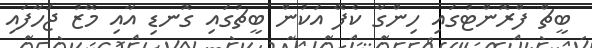
ބީޗް ފްރޮންޓުގައި ހިންގާ ކެފޭ އަކުން ބީޗުގައި ގޮނޑި އާއި މޭޒު ޖަހާފައި